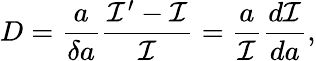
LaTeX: D=\frac{a}{{\delta a}}\frac{\mathcal{I}^{\prime}-\mathcal{I}}{\mathcal{I}}=\frac{a}{\mathcal{I}}\frac{d\mathcal{I}}{da},